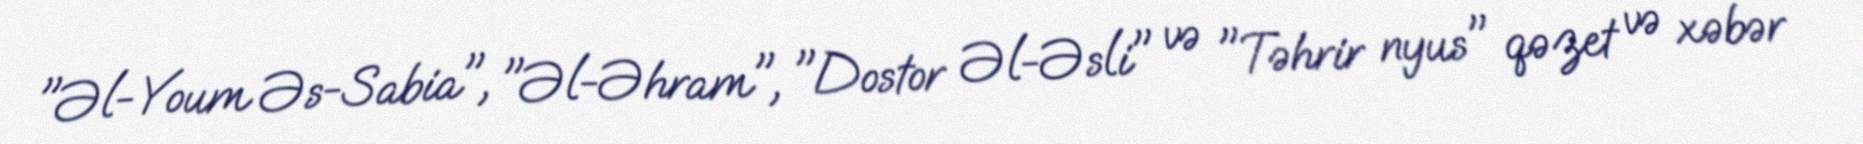
"Əl-Youm Əs-Sabia", "Əl-Əhram", "Dostor Əl-Əsli" və "Təhrir nyus" qəzet və xəbər